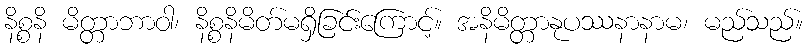
နိစ္စနိ မိတ္တာဘာဝါ၊ နိစ္စနိမိတ်မရှိခြင်းကြောင့်။ အနိမိတ္တာနုပဿနာနာမ၊ မည်သည်။